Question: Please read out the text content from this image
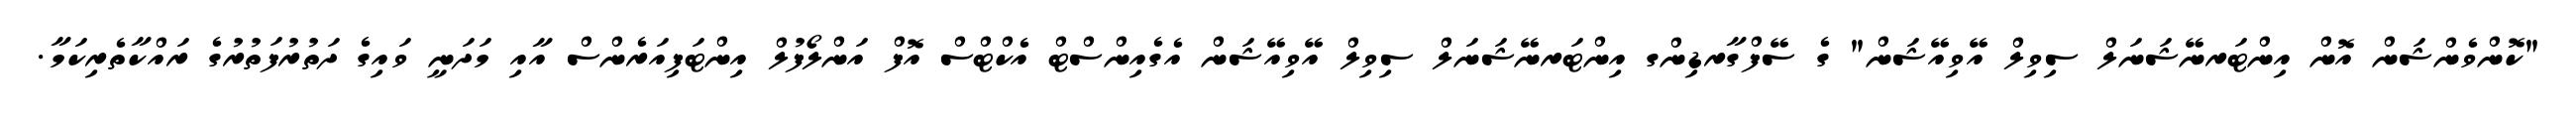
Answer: "ކޮންވެންޝަން އޮން އިންޓަރނޭޝަނަލް ސިވިލް އޭވިއޭޝަން" ގެ ސޭފްގާރޑިންގ އިންޓަރނޭޝަނަލް ސިވިލް އޭވިއޭޝަން އެގެއިންސްޓް އެކްޓްސް އޮފް އަންލޯފުލް އިންޓަފިއަރެންސް އާއި މަދަނީ ވައިގެ ދަތުރުފަތުރުގެ ރައްކާތެރިކަމާ.